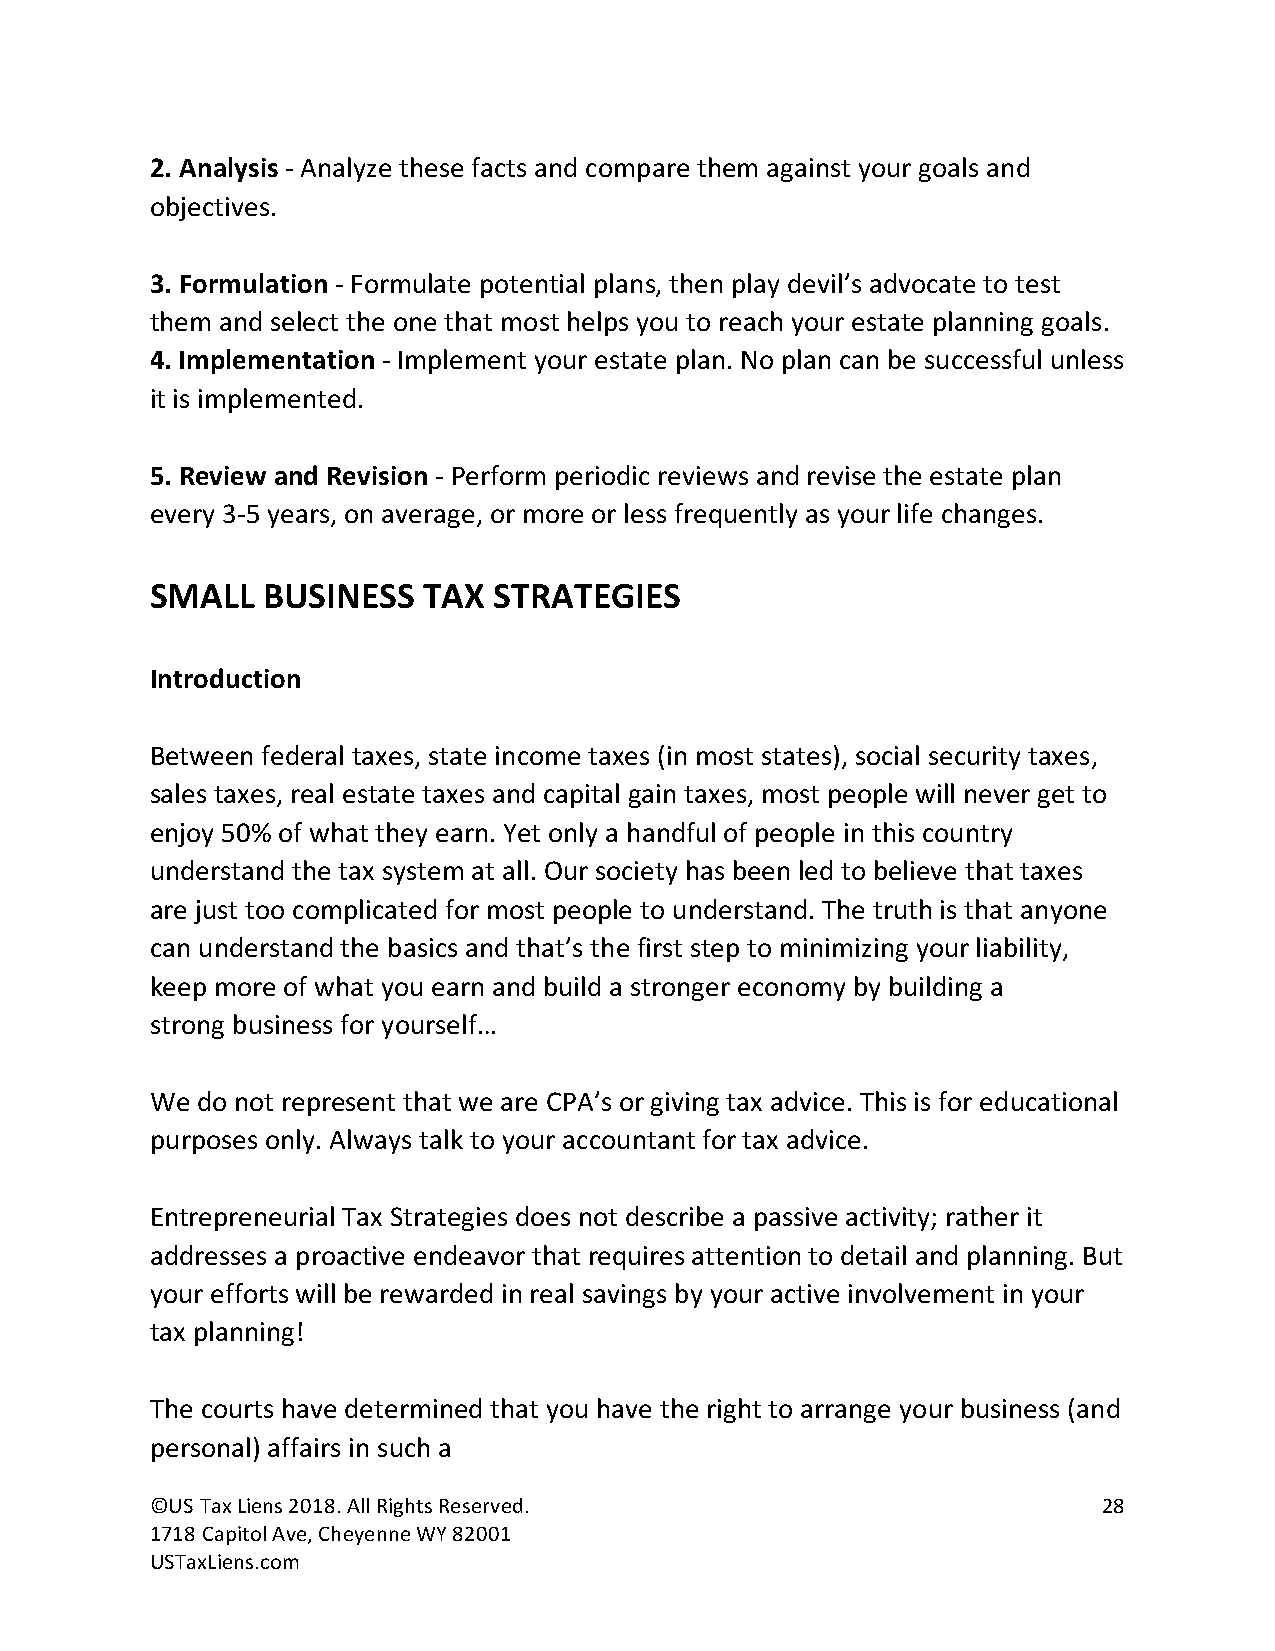
2. Analysis - Analyze these facts and compare them against your goals and
 objectives.
 3. Formulation - Formulate potential plans, then play devil’s advocate to test
 them and select the one that most helps you to reach your estate planning goals.
 4. Implementation - Implement your estate plan. No plan can be successful unless
 it is implemented.
 5. Review and Revision - Perform periodic reviews and revise the estate plan
 every 3-5 years, on average, or more or less frequently as your life changes.
 SMALL  BUSINESS   TAX  STRATEGIES
 Introduction
 Between federal taxes, state income taxes (in most states), social security taxes,
 sales taxes, real estate taxes and capital gain taxes, most people will never get to
 enjoy 50% of what they earn. Yet only a handful of people in this country
 understand the tax system at all. Our society has been led to believe that taxes
 are just too complicated for most people to understand. The truth is that anyone
 can understand the basics and that’s the first step to minimizing your liability,
 keep more of what you earn and build a stronger economy by building a
 strong business for yourself…
 We do not represent that we are CPA’s or giving tax advice. This is for educational
 purposes only. Always talk to your accountant for tax advice.
 Entrepreneurial Tax Strategies does not describe a passive activity; rather it
 addresses a proactive endeavor that requires attention to detail and planning. But
 your efforts will be rewarded in real savings by your active involvement in your
 tax planning!
 The courts have determined that you have the right to arrange your business (and
 personal) affairs in such a
 ©US Tax Liens 2018. All Rights Reserved.                       28
 1718 Capitol Ave, Cheyenne WY 82001
 USTaxLiens.com